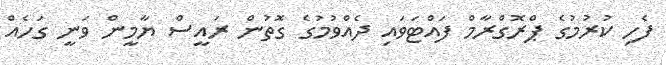
ފެހި ކުރުމުގެ ޕްރޮގްރާމް ފައްޓަވައި ދެއްވުމުގެ ގޮތުން ރައީސް ޔާމީން ވަނީ ގަހެއް